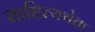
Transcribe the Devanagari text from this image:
साहित्यचेता